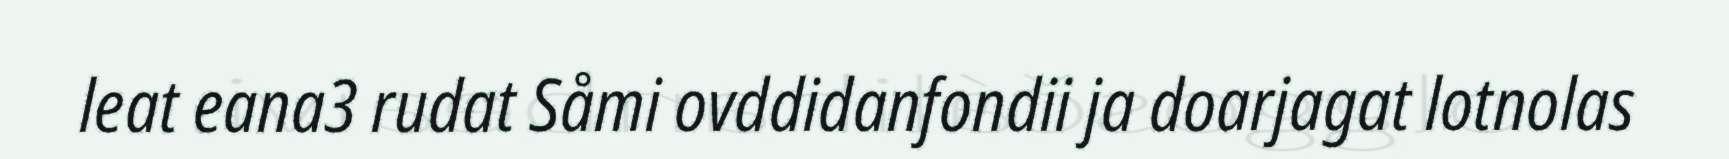
leat eana3 rudat Såmi ovddidanfondii ja doarjagat lotnolas